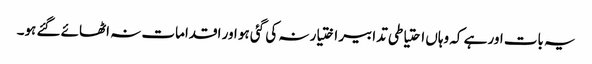
یہ بات اور ہے کہ وہاں احتیاطی تدابیر اختیار نہ کی گئی ہو اور اقدامات نہ اٹھائے گئے ہو۔